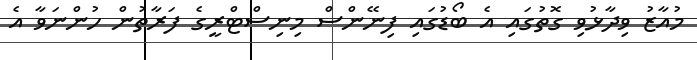
މުއާޒު ވިދާޅުވި ގޮތުގައި އެ ބޯޑުގައި ފިނޭންސް މިނިސްޓްރީގެ ފަރާތުން ހުންނަވާ އެ